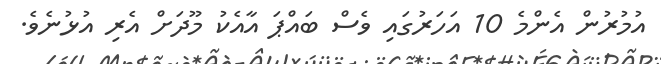
އުމުރުން އެންމެ 10 އަހަރުގައި ވެސް ބައްޕަ އާއެކު މޫދަށް އެރި އުޅުނެވެ.